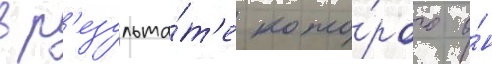
в р'езульта́т'е кото́рого о́н